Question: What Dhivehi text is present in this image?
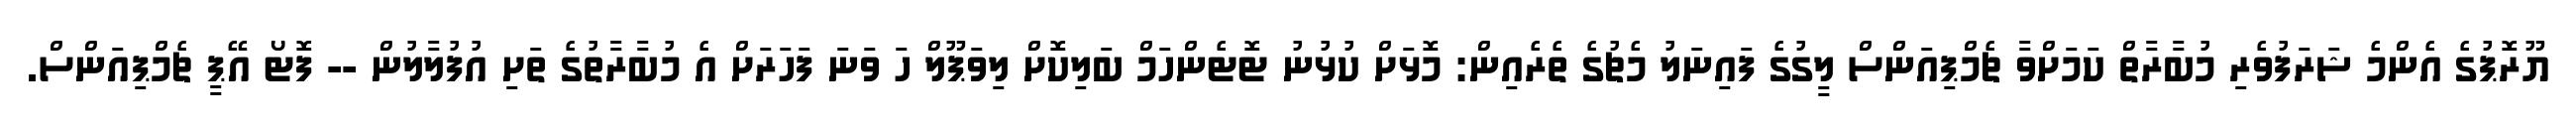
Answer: ޔޫރޮޕުގެ އެންމެ ޝަރަފުވެރި މުބާރާތް ކަމަށްވާ ޗެމްޕިއަންސް ލީގުގެ ފައިނަލު މެޗުގެ ތެރެއިން: މޮޅަށް ކުޅުނު ޓޮޓެންހަމް ބަލިކޮށް ލިވަޕޫލް ހަ ވަނަ ފަހަރަށް އެ މުބާރާތުގެ ތަށި އުފުލާލުން -- ފޮޓޯ އޭޕީ ޗެމްޕިއަންސް.